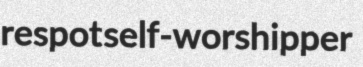
respot self-worshipper